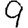
Digit: 9